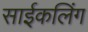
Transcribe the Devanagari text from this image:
साईकलिंग